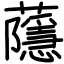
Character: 蘟